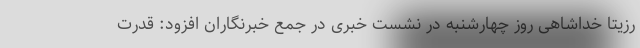
رزیتا خداشاهی روز چهارشنبه در نشست خبری در جمع خبرنگاران افزود: قدرت